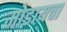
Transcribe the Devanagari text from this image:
मोडायचा